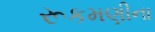
રૂકમણીના